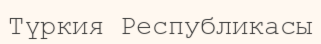
Түркия Республикасы